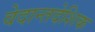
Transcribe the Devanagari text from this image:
वेदान्तदेशिक